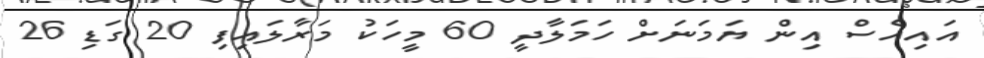
އައިއެސް އިން ޔަމަނަށް ހަމަލާދީ 60 މީހަކު މަރާލައިފި 20 ގަޑި 26